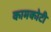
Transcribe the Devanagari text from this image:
कामकोटी